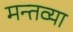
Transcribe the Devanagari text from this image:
मन्तव्या